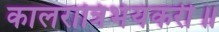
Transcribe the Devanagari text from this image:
कालरात्रिर्भयंकरी॥